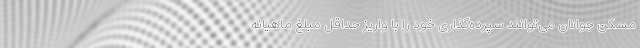
مسکن جوانان می‌توانند سپرده‌گذاری خود را با واریز حداقل مبلغ ماهیانه